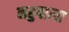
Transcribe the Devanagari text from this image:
नहुषाला